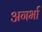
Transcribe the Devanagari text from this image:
अगर्भा